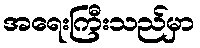
အရေးကြီးသည်မှာ